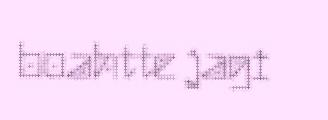
boahtte jagi